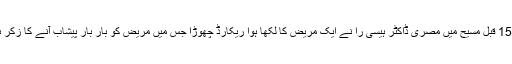
1550 قبل مسیح میں‌ مصری ڈاکٹر ہیسی را نے ایک مریض کا لکھا ہوا ریکارڈ چھوڑا جس میں مریض کو بار بار پیشاب آنے کا زکر ہے۔